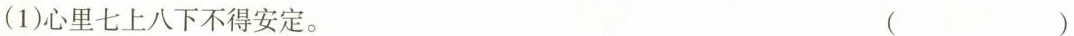
(1)心里七上八下不得安定。 （）